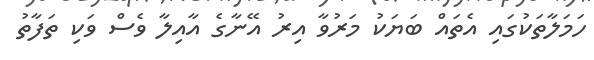
ހަމަލާތަކުގައި އެތައް ބަޔަކު މަރުވާ އިރު އޭނާގެ އާއިލާ ވެސް ވަކި ތަފާތު